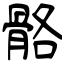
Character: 骼